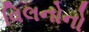
વિલનોનો